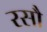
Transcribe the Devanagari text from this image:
रसौ